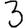
Digit: 3